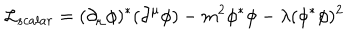
LaTeX: { \cal L } _ { s c a l a r } = ( \partial _ { \mu } \phi ) ^ { \ast } ( \partial ^ { \mu } \phi ) - m ^ { 2 } \phi ^ { \ast } \phi - \lambda ( \phi ^ { \ast } \phi ) ^ { 2 }